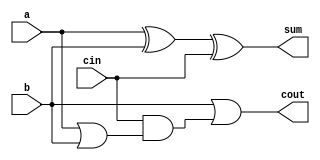
module full_adder1(a,b,cin,sum,cout);
input a,b,cin;
output sum,cout;
assign sum = a^b^cin;
assign cout = 1'b1&b|cin&(a|b); 
// initial begin
//     $display("The incorrect adder with and0 having in1/1");
// end   
endmodule